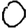
Digit: 0